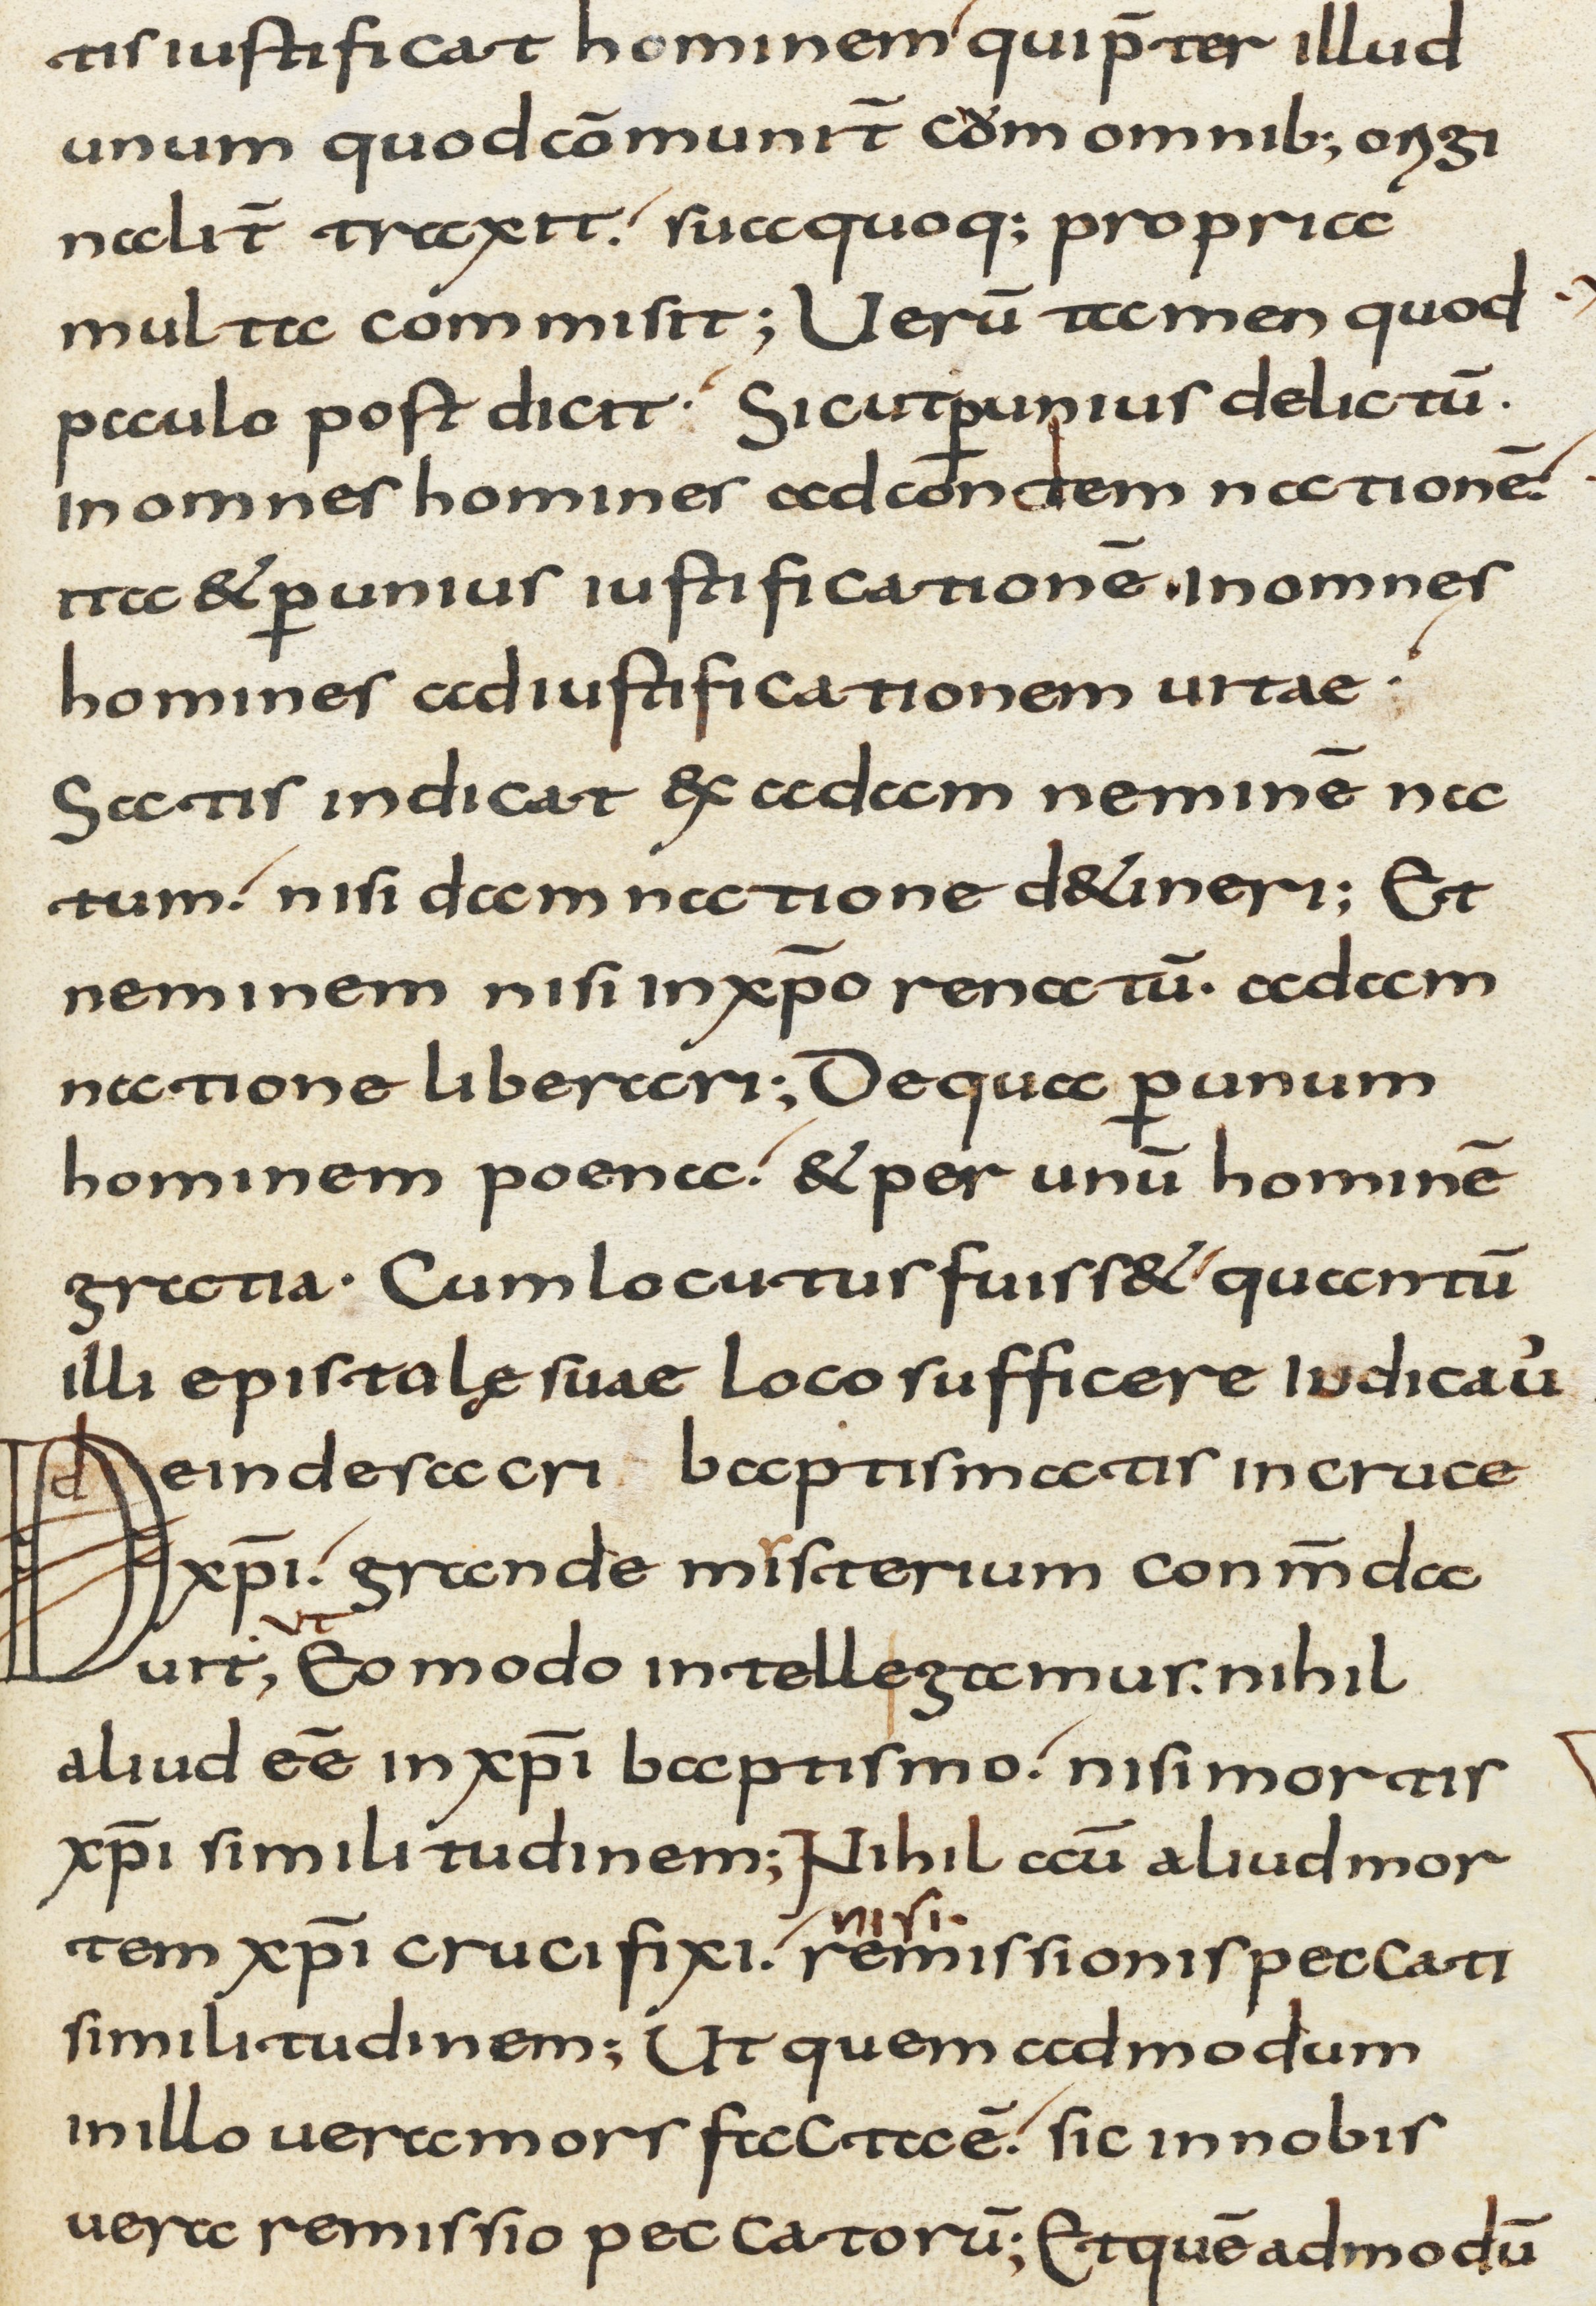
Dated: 800–1299